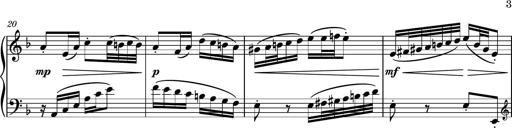
Title: Piano Sonatina No.1
Composer: Dimitri Sykias
Key: D minor